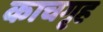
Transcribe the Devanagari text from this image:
काचगृह